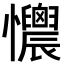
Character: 𢥯